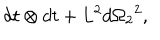
LaTeX: d t \otimes d t + { L ^ { 2 } } { d { \Omega _ { 2 } } } ^ { 2 } ,